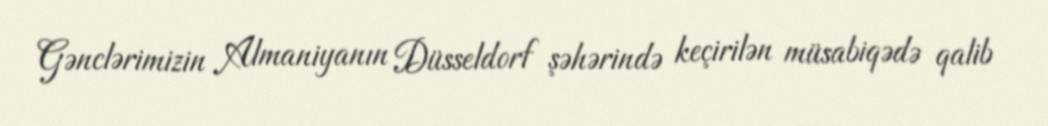
Gənclərimizin Almaniyanın Düsseldorf şəhərində keçirilən müsabiqədə qalib